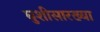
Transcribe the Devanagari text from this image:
घुशीसारख्या